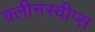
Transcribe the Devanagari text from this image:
क्लीनस्वीप्स